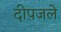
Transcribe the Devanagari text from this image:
दीपजले